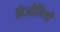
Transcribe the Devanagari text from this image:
बिजौलियाँ